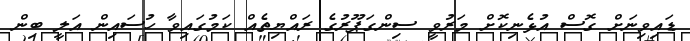
ޑައިވިނަށް ގޮސް އުޅެނިކޮށް މަރުވީ ސިންގަޕޫރުގެ ރައްޔިތެއް ކަމުގައިވާ ހުސައިން އަލީ ބިން